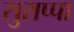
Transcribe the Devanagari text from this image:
सुराप्पा